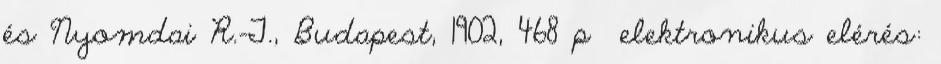
és Nyomdai R.-T., Budapest, 1902, 468 p →elektronikus elérés: